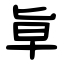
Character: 㔬